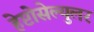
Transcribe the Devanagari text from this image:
हेप्टोसेल्युलर